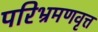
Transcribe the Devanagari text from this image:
परिभ्रमणवृत्त